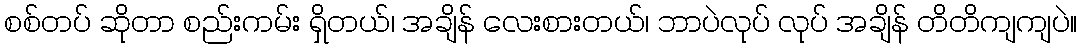
စစ်တပ် ဆိုတာ စည်းကမ်း ရှိတယ်၊ အချိန် လေးစားတယ်၊ ဘာပဲလုပ် လုပ် အချိန် တိတိကျကျပဲ။